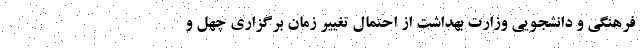
فرهنگی و دانشجویی وزارت بهداشت از احتمال تغییر زمان برگزاری چهل و